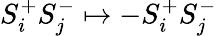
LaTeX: S_{i}^{+}S_{j}^{-}\mapsto-S_{i}^{+}S_{j}^{-}